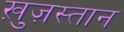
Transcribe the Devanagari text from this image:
ख़ुज़स्तान